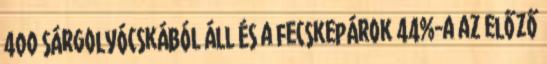
400 sárgolyócskából áll és a fecskepárok 44%-a az előző